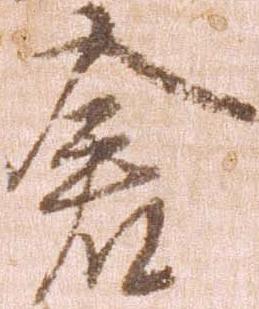
倉